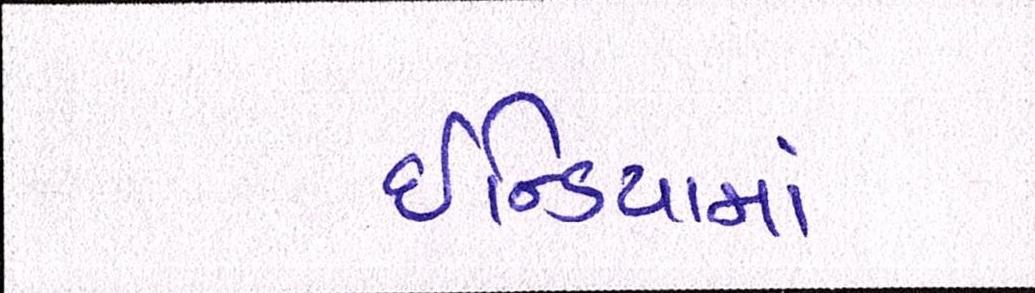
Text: ઇન્ડિયામાં